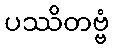
ပဿိတဗ္ဗံ